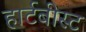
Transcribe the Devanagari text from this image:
हार्टबीस्ट